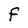
Character: f